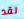
لقد